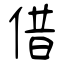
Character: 借